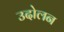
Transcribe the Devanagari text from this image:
उदोलन